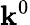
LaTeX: \mathbf{k}^{0}